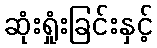
ဆုံးရှုံးခြင်းနှင့်